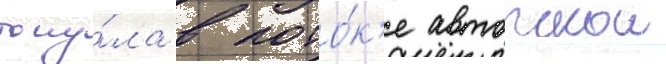
тону́ла в пото́к'е авторскои